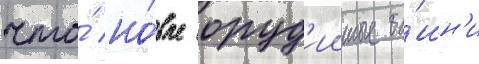
что́ но́вые оруд'ииные ба́шн'и